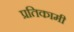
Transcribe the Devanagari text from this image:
प्रतिकामी